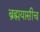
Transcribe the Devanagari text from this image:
ब्रह्मयासीच